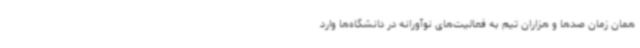
همان زمان صدها و هزاران تیم به فعالیت‌های نوآورانه در دانشگاه‌ها وارد